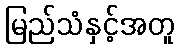
မြည်သံနှင့်အတူ